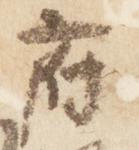
府